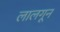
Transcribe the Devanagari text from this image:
लालगून